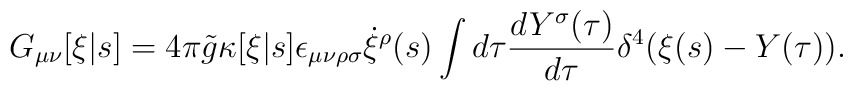
G_{\mu\nu}[\xi|s] = 4\pi {\tilde g} \kappa[\xi|s] \epsilon_{\mu\nu\rho\sigma}   \dot{\xi}^\rho(s) \int d\tau \frac{dY^\sigma(\tau)}{d\tau}   \delta^4(\xi(s)-Y(\tau)).